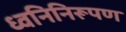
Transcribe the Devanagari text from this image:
ध्वनिनिरूपण